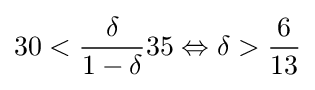
30<{\frac {\delta }{1-\delta }}35\Leftrightarrow \delta >{\frac {6}{13}}